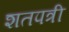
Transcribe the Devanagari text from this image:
शतपत्री